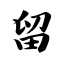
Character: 留